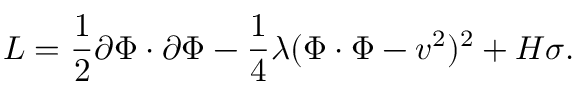
L = { \frac { 1 } { 2 } } \partial \Phi \cdot \partial \Phi - { \frac { 1 } { 4 } } \lambda ( \Phi \cdot \Phi - v ^ { 2 } ) ^ { 2 } + H \sigma .